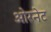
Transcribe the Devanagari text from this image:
ओरनेट